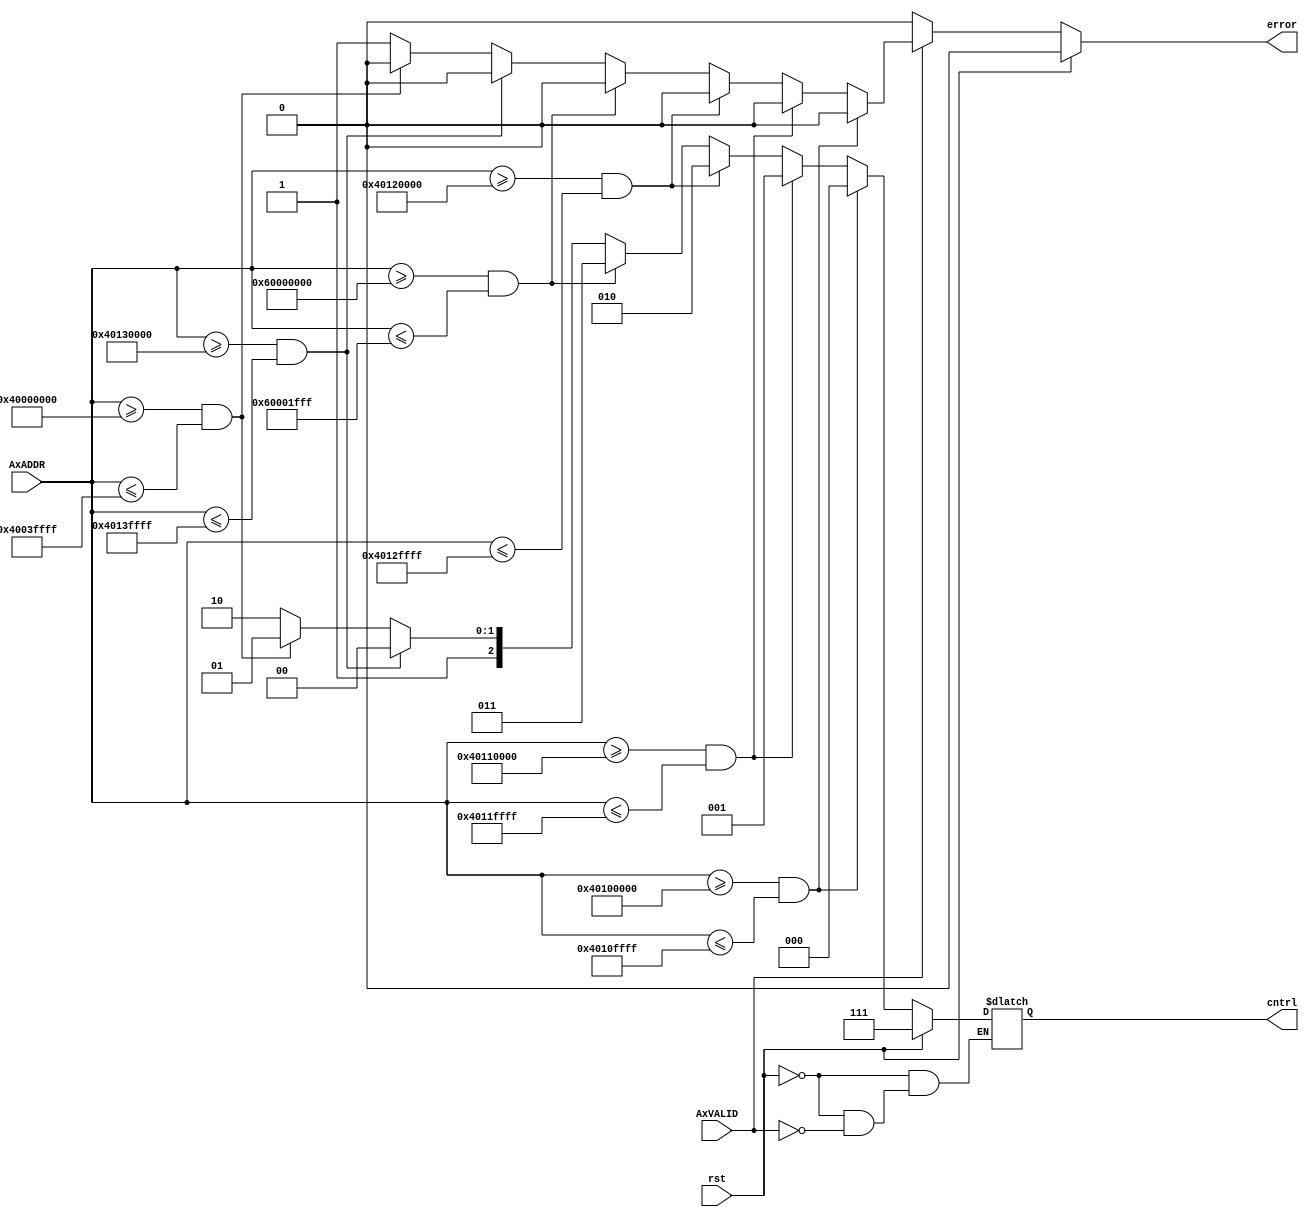
`timescale 1ns / 1ps
//////////////////////////////////////////////////////////////////////////////////
// Company: 
// Engineer: 
// 
// Design Name: 
// Module Name: decoder
// Project Name: 
// Target Devices: 
// Tool Versions: 
// Description: 
// 
// Dependencies: 
// 
// Revision:
// Revision 0.01 - File Created
// Additional Comments:
// 
//////////////////////////////////////////////////////////////////////////////////

`define ADDR 32

module decoder #(
    parameter [`ADDR-1:0] LOW0 = 32'b0100_0000_0001_0000_0000_0000_0000_0000,
    parameter [`ADDR-1:0] HIG0 = 32'b0100_0000_0001_0000_1111_1111_1111_1111,
    parameter [`ADDR-1:0] LOW1 = 32'b0100_0000_0001_0001_0000_0000_0000_0000,
    parameter [`ADDR-1:0] HIG1 = 32'b0100_0000_0001_0001_1111_1111_1111_1111,
    parameter [`ADDR-1:0] LOW2 = 32'b0100_0000_0001_0010_0000_0000_0000_0000,
    parameter [`ADDR-1:0] HIG2 = 32'b0100_0000_0001_0010_1111_1111_1111_1111,
    parameter [`ADDR-1:0] LOW3 = 32'b0110_0000_0000_0000_0000_0000_0000_0000,
    parameter [`ADDR-1:0] HIG3 = 32'b0110_0000_0000_0000_0001_1111_1111_1111,
    parameter [`ADDR-1:0] LOW4 = 32'b0100_0000_0001_0011_0000_0000_0000_0000,
    parameter [`ADDR-1:0] HIG4 = 32'b0100_0000_0001_0011_1111_1111_1111_1111,
    parameter [`ADDR-1:0] LOW5 = 32'b0100_0000_0000_0000_0000_0000_0000_0000,
    parameter [`ADDR-1:0] HIG5 = 32'b0100_0000_0000_0011_1111_1111_1111_1111
     )(
    input [31:0] AxADDR,
    input AxVALID,
    input rst,
    output [2:0] cntrl,
    output reg error
    );
    reg [2:0] out;
    always@(rst, AxVALID)
        begin
            error = 0;
            if (rst==1'b1) out=3'b111;
            else 
            if(AxVALID==1'b1)
                if(AxADDR>=LOW0 && AxADDR<=HIG0)
                    out=3'b000;            
                else if(AxADDR>=LOW1 && AxADDR<=HIG1)
                    out=3'b001;
                else if(AxADDR>=LOW2 && AxADDR<=HIG2)
                    out=3'b010;
                else if(AxADDR>=LOW3 && AxADDR<=HIG3)
                    out=3'b011; 
                else if(AxADDR>=LOW4 && AxADDR<=HIG4)
                    out=3'b100;
                else if(AxADDR>=LOW5 && AxADDR<=HIG5)
                    out=3'b101;
                else
                    begin
                    out=3'b110;
                    error = 1;
                    end
        end   
    assign cntrl = out; 
endmodule